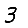
Digit: 3